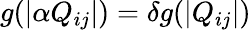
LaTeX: g(|\alpha Q_{ij}|)=\delta g(|Q_{ij}|)